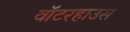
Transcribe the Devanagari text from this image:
वॉटरहाउस